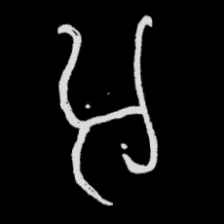
Pyu character \u2014 Myanmar letter: အ (romanized: a)